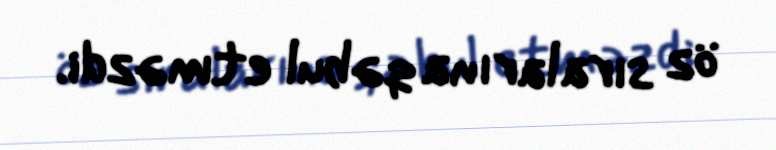
öz sıralarına qəbul etməzdi.